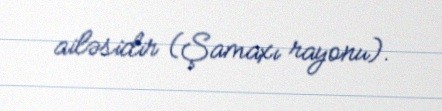
ailəsidir (Şamaxı rayonu).